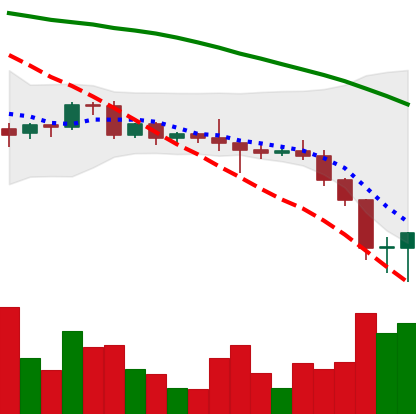
Ticker: BNB-USD
Chart end date: 2022-06-15
Forward return: -7.053%
Label: down_7plus